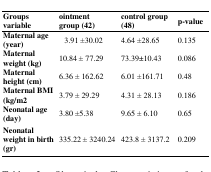
| Groupsvariable | ointment group (42) | control group(48) | p-value |
 | --- | --- | --- | --- |
 | Maternal age (year) | 3.91± 30.02 | 4.64± 28.65 | 0.135 |
 | Maternal weight (kg) | 10.84 ± 77.29 | 73.39±10.43 | 0.086 |
 | Maternal height (cm) | 6.36 ± 162.62 | 6.01± 161.71 | 0.48 |
 | Maternal BMI (kg/m2 | 3.79 ± 29.29 | 4.31 ± 28.13 | 0.186 |
 | Neonatal age (day) | 3.80± 5.38 | 9.65 ± 6.10 | 0.65 |
 | Neonatal weight in birth (gr) | 335.22 ± 3240.24 | 423.8 ± 3137.2 | 0.209 |